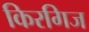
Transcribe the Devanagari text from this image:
किरगिज